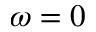
\omega = 0